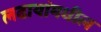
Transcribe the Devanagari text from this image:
लढायांमधील